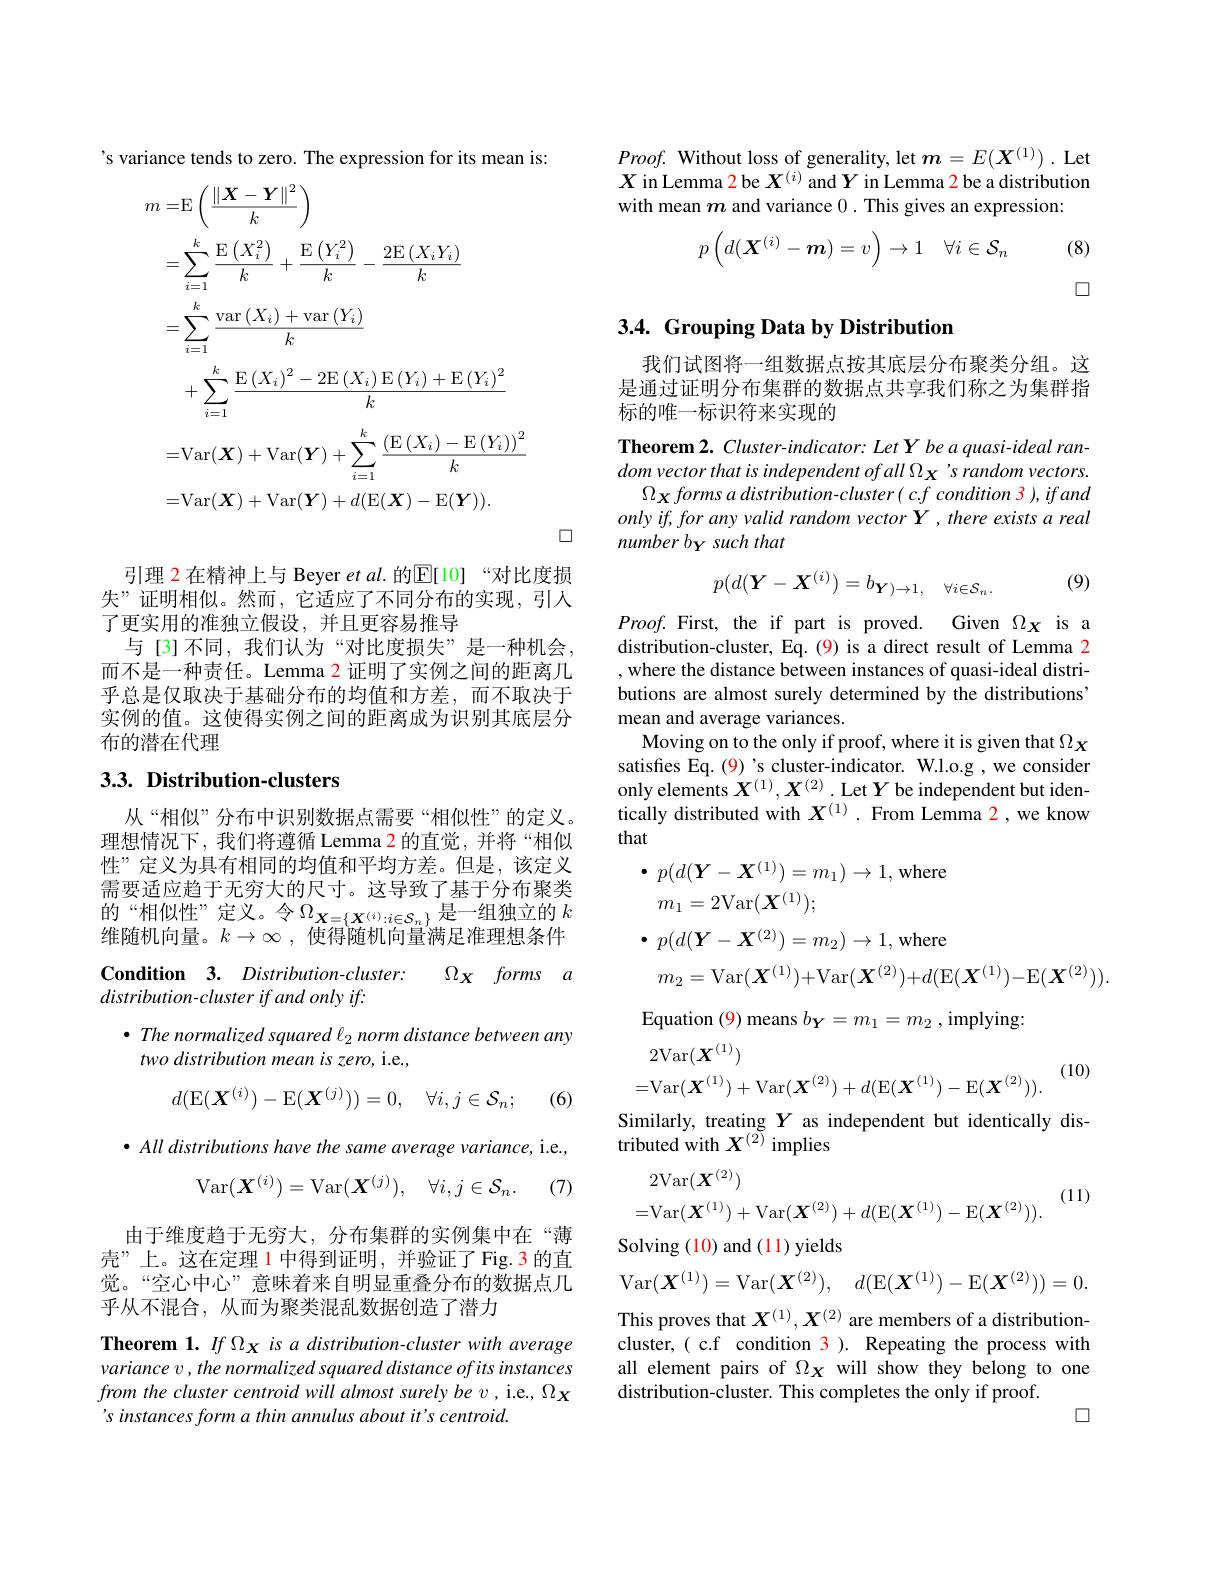
's variance tends to zero. The expression for its mean is
$$\begin{aligned}m=&\operatorname{E}\left(\frac{\left\|\boldsymbol{X}-\boldsymbol{Y}\right\|^{2}}{k}\right)\\&=\sum_{i=1}^{k}\frac{\operatorname{E}\left(X_{i}^{2}\right)}{k}+\frac{\operatorname{E}\left(Y_{i}^{2}\right)}{k}-\frac{2\operatorname{E}\left(X_{i}Y_{i}\right)}{k}\\&=\sum_{i=1}^{k}\frac{\operatorname{var}\left(X_{i}\right)+\operatorname{var}\left(Y_{i}\right)}{k}\\&+\sum_{i=1}^{k}\frac{\operatorname{E}\left(X_{i}\right)^{2}-2\operatorname{E}\left(X_{i}\right)\operatorname{E}\left(Y_{i}\right)+\operatorname{E}\left(Y_{i}\right)^{2}}{k}\\&=\mathrm{Var}(\boldsymbol{X})+\mathrm{Var}(\boldsymbol{Y})+\sum_{i=1}^{k}\frac{\left(\operatorname{E}\left(X_{i}\right)-\operatorname{E}\left(Y_{i}\right)\right)^{2}}{k}\\&=\mathrm{Var}(\boldsymbol{X})+\mathrm{Var}(\boldsymbol{Y})+d(\mathrm{E}(\boldsymbol{X})-\mathrm{E}(\boldsymbol{Y})).\end{aligned}$$
口

引理 2 在精神上与 Beyer et $al$.的$\mathbb{E}[10]$“对比度损失”证明相似。然而，它适应了不同分布的实现，引人了更实用的准独立假设，并且更容易推导
与[3]不同，我们认为“对比度损失”是一种机会。而不是一种责任。Lemma 2 证明了实例之间的距离几乎总是仅取决于基础分布的均值和方差，而不取决于实例的值。这使得实例之间的距离成为识别其底层分布的潜在代理

## $3. 3. \textbf{Distribution- clusters}$

从“相似”分布中识别数据点需要“相似性”的定义。理想情况下，我们将遵循 Lemma 2 的直觉，并将“相似性”定义为具有相同的均值和平均方差。但是，该定义需要适应趋于无穷大的尺寸。这导致了基于分布聚类的“相似性”定义。令$\Omega_\mathbf{X}=\{\boldsymbol{X}^{(i)}:i\in\mathcal{S}_n\}$是一组独立的 $k$ 维随机向量。$k\to \infty$ , 使得随机向量满足准理想条件

$\textbf{Condition}$ 3. $Distribution- cluster:$
$\Omega _{X}$ forms $a$
$distribution-clusterifandonlyif:$

$\bullet$ The normalized squared l 2 norm distance between any
two distribution mean is zero, i.e.,
$$d(\mathrm{E}(\boldsymbol{X}^{(i)})-\mathrm{E}(\boldsymbol{X}^{(j)}))=0,\quad\forall i,j\in\mathcal{S}_{n};$$
(6)

$\bullet$ All distributions have the same average variance, i.e.,
$$\mathrm{Var}(\boldsymbol{X}^{(i)})=\mathrm{Var}(\boldsymbol{X}^{(j)}),\quad\forall i,j\in\mathcal{S}_{n}.$$
(7)

由于维度趋于无穷大，分布集群的实例集中在“薄壳”上。这在定理 1 中得到证明，并验证了Fig.3 的直觉。“空心中心”意味着来自明显重叠分布的数据点几乎从不混合，从而为聚类混乱数据创造了潜力

Theorem 1. If $\Omega_X$ is a distribution-cluster with average variance v , the normalized squared distance of its instances from the cluster centroid will almost surely be v , i.e., $\Omega_{X}$ 's instances form a thin annulus about it's centroid.

$Proof.$ Without loss of generality, let $m=E(\boldsymbol{X}^{(1)}).$ Let $X$ in Lemma 2be $X^(i)$ and $Y$ in Lemma 2 be a distribution with mean $m$ and variance 0. This gives an expression:
$$p\begin{pmatrix}d(\boldsymbol{X}^{(i)}-\boldsymbol{m})=v\end{pmatrix}\to1\quad\forall i\in\mathcal{S}_n$$
(8)

口

## 3.4. Grouping Data by Distribution

我们试图将一组数据点按其底层分布聚类分组。这是通过证明分布集群的数据点共享我们称之为集群指标的唯一标识符来实现的

Theorem 2. $Cluster-indicator:Let\mathbf{Y}$ be a quasi-ideal random vector that is independent of all $\Omega_{\mathbf{X}}$ 's random vectors.
$\Omega_{X}formsa$ distribution-cluster( c.f condition 3 ), if and $onlyif,foranyvalidrandomvectorY,thereexistsareal$ number by such that

(9)
$$p(d(\boldsymbol{Y}-\boldsymbol{X}^{(i)})=b_{\boldsymbol{Y})\to1,\quad\forall i\in\mathcal{S}_{n}.}$$
$Proof.$ First, the if part is proved. Given $\Omega_{X}$ is a distribution-cluster, Eq. (9) is a direct result of Lemma 2 , where the distance between instances of quasi-ideal distributions are almost surely determined by the distributions' mean and average variances.
Moving on to the only if proof, where it is given that $\Omega_X$ satisfes Eq. (9)'s cluster-indicator. W.l.o.g , we consider only elements $X^{(1)},X^{(2)}.$ Let $Y$ be independent but identically distributed with $X^{(1)}.$ From Lemma 2,we know that
$$\begin{aligned}&\bullet\:p(d(\boldsymbol{Y}-\boldsymbol{X}^{(1)})=m_{1})\to1,\:\mathrm{where}\\&m_{1}=2\mathrm{Var}(\boldsymbol{X}^{(1)});\\&\bullet\:p(d(\boldsymbol{Y}-\boldsymbol{X}^{(2)})=m_{2})\to1,\:\mathrm{where}\\&m_{2}=\mathrm{Var}(\boldsymbol{X}^{(1)})+\mathrm{Var}(\boldsymbol{X}^{(2)})+d(\mathrm{E}(\boldsymbol{X}^{(1)})-\mathrm{E}(\boldsymbol{X}^{(2)})).\end{aligned}$$
Equation (9) means $b_{\boldsymbol{Y}}=m_1=m_2$, implying:

(10)
$$\begin{aligned}&2\mathrm{Var}(X^{(1)})\\&=\mathrm{Var}(X^{(1)})+\mathrm{Var}(X^{(2)})+d(\mathrm{E}(X^{(1)})-\mathrm{E}(X^{(2)})).\end{aligned}$$
Similarly, treating $Y$ as independent but identically dis-
tributed with $X^{(2)}$ implies
$$\begin{aligned}&2\mathrm{Var}(X^{(2)})\\&=\mathrm{Var}(X^{(1)})+\mathrm{Var}(X^{(2)})+d(\mathrm{E}(X^{(1)})-\mathrm{E}(X^{(2)})).\end{aligned}$$
(11)

Solving (10) and (11) yields
$$\mathrm{Var}(X^{(1)})=\mathrm{Var}(X^{(2)}),\quad d(\mathrm{E}(X^{(1)})-\mathrm{E}(X^{(2)}))=0.$$
This proves that $X^{(1)},X^{(2)}$ are members of a distributioncluster,( c.f condition 3). Repeating the process with all element pairs of $\Omega_X$ will show they belong to one distribution-cluster. This completes the only if proof.
口